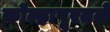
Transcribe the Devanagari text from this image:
कोल्हापूरतले